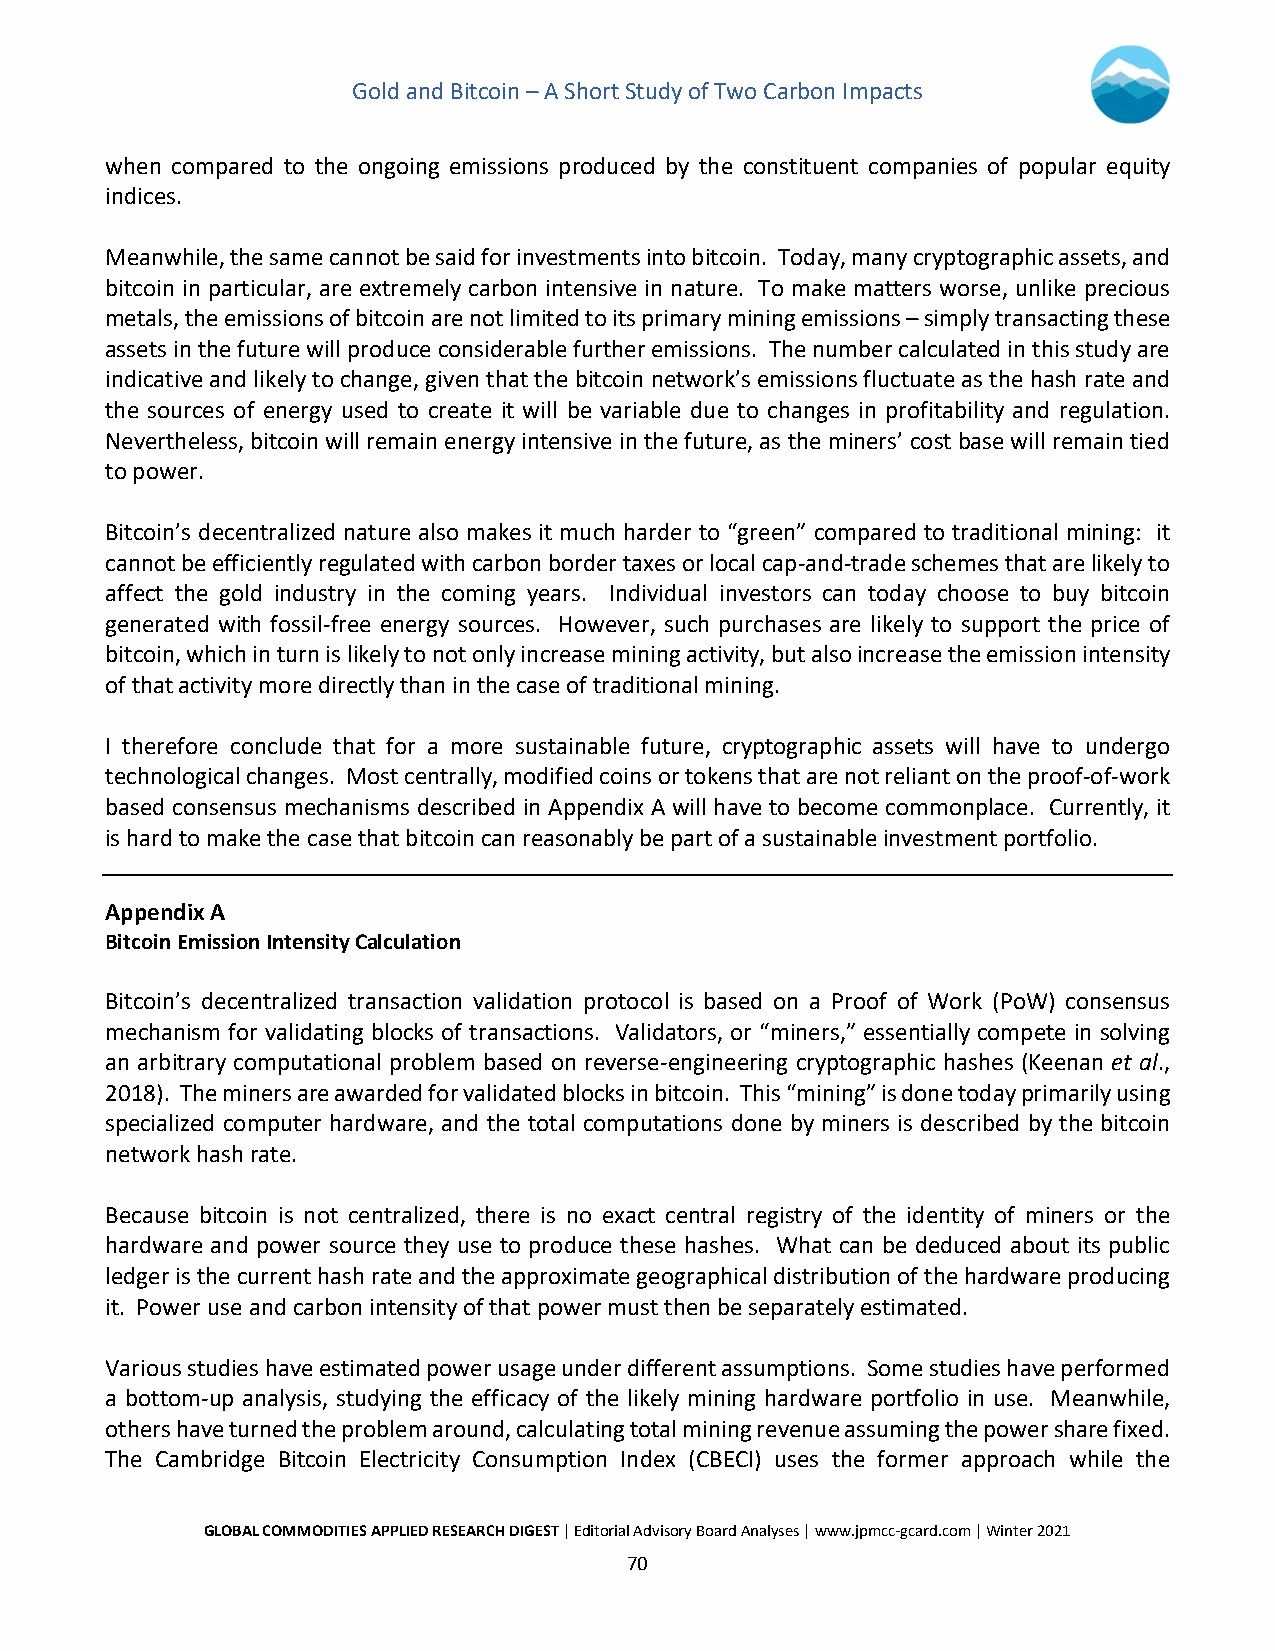
Gold and Bitcoin – A Short Study of Two Carbon Impacts
 when compared to the ongoing emissions produced by the constituent companies of popular equity
 indices.
 Meanwhile, the same cannot be said for investments into bitcoin. Today, many cryptographic assets, and
 bitcoin in particular, are extremely carbon intensive in nature. To make matters worse, unlike precious
 metals, the emissions of bitcoin are not limited to its primary mining emissions – simply transacting these
 assets in the future will produce considerable further emissions. The number calculated in this study are
 indicative and likely to change, given that the bitcoin network’s emissions fluctuate as the hash rate and
 the sources of energy used to create it will be variable due to changes in profitability and regulation.
 Nevertheless, bitcoin will remain energy intensive in the future, as the miners’ cost base will remain tied
 to power.
 Bitcoin’s decentralized nature also makes it much harder to “green” compared to traditional mining: it
 cannot be efficiently regulated with carbon border taxes or local cap-and-trade schemes that are likely to
 affect the gold industry in the coming years. Individual investors can today choose to buy bitcoin
 generated with fossil-free energy sources. However, such purchases are likely to support the price of
 bitcoin, which in turn is likely to not only increase mining activity, but also increase the emission intensity
 of that activity more directly than in the case of traditional mining.
 I therefore conclude that for a more sustainable future, cryptographic assets will have to undergo
 technological changes. Most centrally, modified coins or tokens that are not reliant on the proof-of-work
 based consensus mechanisms described in Appendix A will have to become commonplace. Currently, it
 is hard to make the case that bitcoin can reasonably be part of a sustainable investment portfolio.
 Appendix A
 Bitcoin Emission Intensity Calculation
 Bitcoin’s decentralized transaction validation protocol is based on a Proof of Work (PoW) consensus
 mechanism for validating blocks of transactions. Validators, or “miners,” essentially compete in solving
 an arbitrary computational problem based on reverse-engineering cryptographic hashes (Keenan et al.,
 2018). The miners are awarded for validated blocks in bitcoin. This “mining” is done today primarily using
 specialized computer hardware, and the total computations done by miners is described by the bitcoin
 network hash rate.
 Because bitcoin is not centralized, there is no exact central registry of the identity of miners or the
 hardware and power source they use to produce these hashes. What can be deduced about its public
 ledger is the current hash rate and the approximate geographical distribution of the hardware producing
 it. Power use and carbon intensity of that power must then be separately estimated.
 Various studies have estimated power usage under different assumptions. Some studies have performed
 a bottom-up analysis, studying the efficacy of the likely mining hardware portfolio in use. Meanwhile,
 others have turned the problem around, calculating total mining revenue assuming the power share fixed.
 The Cambridge Bitcoin Electricity Consumption Index (CBECI) uses the former approach while the
 GLOBAL COMMODITIES APPLIED RESEARCH DIGEST | Editorial Advisory Board Analyses | www.jpmcc-gcard.com | Winter 2021
 70